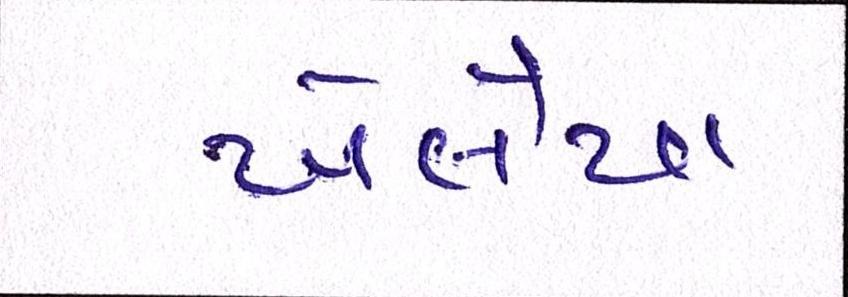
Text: ખેલૈયા